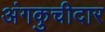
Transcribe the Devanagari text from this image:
अंगकुचीदार